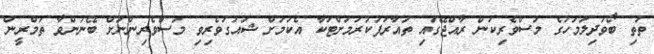
ތުތި ބޯވަދިލަމަހުގެ މަސްވެރިކަން ރާއްޖޭގައި ތައާރަފުކުރުމަށްޓަކާ އެކަމަށް ޝައުގުވެރިވި މަސްވެރިންނަށް ބޭނުންވާ ތަމްރީން